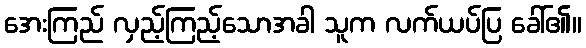
အေးကြည် လှည့်ကြည့်သောအခါ သူက လက်ယပ်ပြ ခေါ်၏။